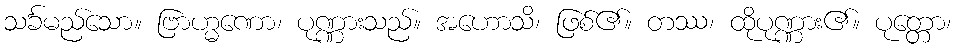
သင်္ခမည်သော။ ဗြာဟ္မဏော၊ ပုဏ္ဏားသည်။ အဟောသိ၊ ဖြစ်၏။ တဿ၊ ထိုပုဏ္ဏား၏။ ပုတ္တော၊